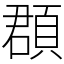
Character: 頵